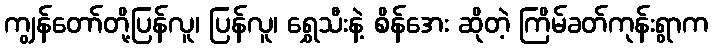
ကျွန်တော်တို့ပြန်လူ၊ ပြန်လူ၊ ရွှေသီးနဲ့ စိန်အေး ဆိုတဲ့ ကြိမ်ခတ်ကုန်းရွာက